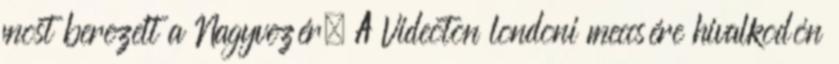
most berezelt a Nagyvezér. A Videoton londoni meccsére hivalkodón